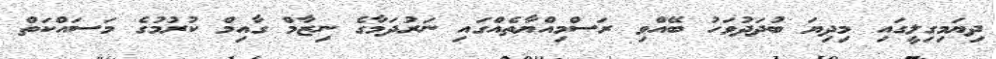
ދިޔަމިގިލީގައި މިދިޔަ ބުދަދުވަހު ބޭއްވި ރަސްމިއްޔާތެއްގައި ނަރުދަމާގެ ނިޒާމް ގާއިމް ކުރުމުގެ މަސައްކަތް